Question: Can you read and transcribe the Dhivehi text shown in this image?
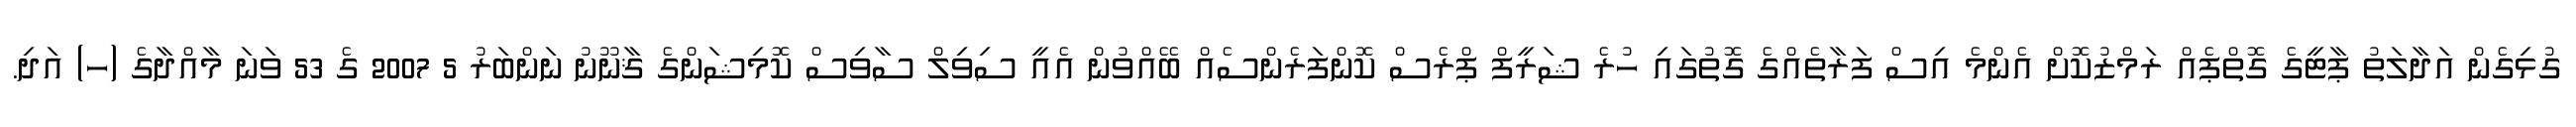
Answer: ގުޅިގެން އަދާލަތު ޕާޓީގެ ގޮތްޕެއް ރަމްޒުކޮށް އެންމެ އިސް ފަރާތެއްގެ ގޮތުގައި ހުރެ ޝަރީފް ޕްރެސް ކޮންފަރެންސެއް ބޭއްވުން އެއީ ސިވިލް ސާވިސް ކޮމިޝަންގެ ޤާނޫނު ނަންބަރު 5 2007 ގެ 53 ވަނަ މާއްދާގެ (ހ) އަދި.